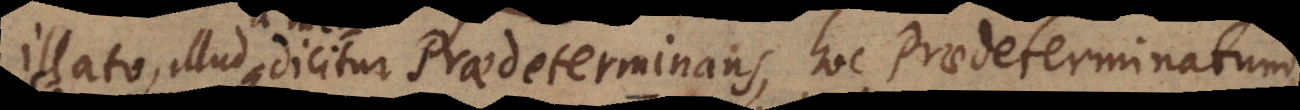
illato, illud dicitur Praedeterminans, hoc Praedeterminatum.